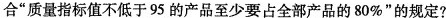
合“质量指标值不低于95的产品至少要占全部产品的80\%”的规定?